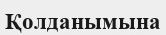
Қолданымына